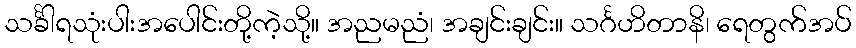
သင်္ခါရသုံးပါးအပေါင်းတို့ကဲ့သို့။ အညမညံ၊ အချင်းချင်း။ သင်္ဂဟိတာနိ၊ ရေတွက်အပ်